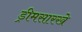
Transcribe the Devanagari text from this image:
ड्रीमसारखे